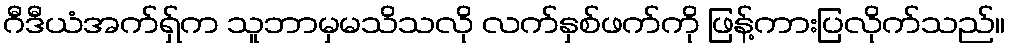
ဂီဒီယံအက်ရှ်က သူဘာမှမသိသလို လက်နှစ်ဖက်ကို ဖြန့်ကားပြလိုက်သည်။